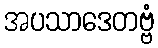
အပသာဒေတဗ္ဗံ